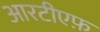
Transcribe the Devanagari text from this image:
आरटीएफ़